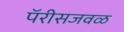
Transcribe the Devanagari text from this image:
पॅरीसजवळ